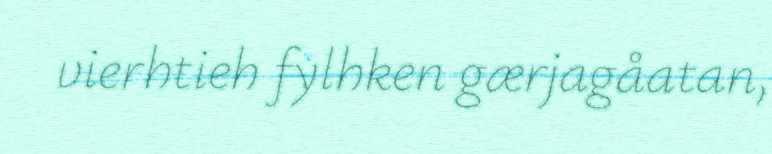
vierhtieh fylhken gærjagåatan,